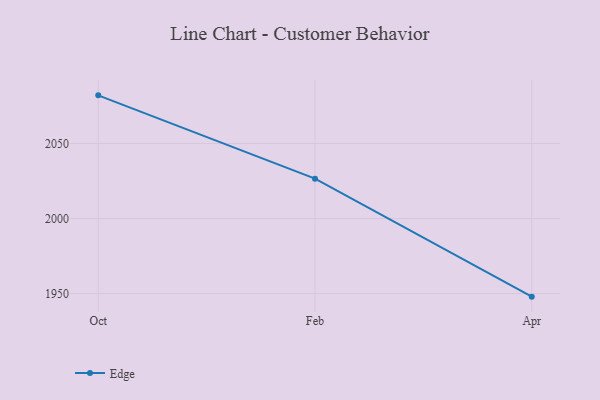
{"axis": {"x": "Month", "y": "Shipments"}, "legend": ["Edge"], "data": [{"x": "Oct", "y": 2082.1, "type": "Edge"}, {"x": "Feb", "y": 2026.6, "type": "Edge"}, {"x": "Apr", "y": 1948.0, "type": "Edge"}]}